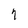
Character: 1